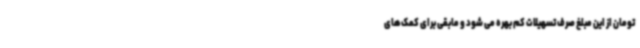
تومان از این مبلغ صرف تسهیلات کم بهره می شود و مابقی برای کمک‌های